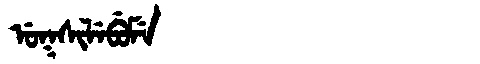
Manchu: ᡠᡴᠰᡳᠯᡝᠪᡠᠮᡝ
Romanization: UKSILEBUME